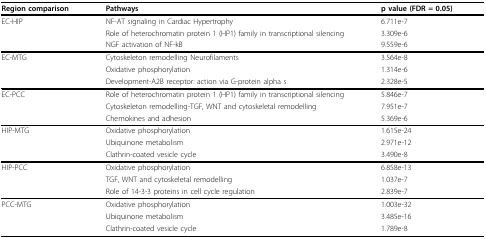
<table><thead><tr><td><b>Region comparison</b></td><td><b>Pathways</b></td><td><b>p value (FDR = 0.05)</b></td></tr></thead><tbody><tr><td>EC-HIP</td><td>NF-AT signaling in Cardiac Hypertrophy</td><td>6.711e-7</td></tr><tr><td></td><td>Role of heterochromatin protein 1 (HP1) family in transcriptional silencing</td><td>3.309e-6</td></tr><tr><td></td><td>NGF activation of NF-kB</td><td>9.559e-6</td></tr><tr><td>EC-MTG</td><td>Cytoskeleton remodelling Neurofilaments</td><td>3.564e-8</td></tr><tr><td></td><td>Oxidative phosphorylation</td><td>1.314e-6</td></tr><tr><td></td><td>Development-A2B receptor: action via G-protein alpha s</td><td>2.328e-5</td></tr><tr><td>EC-PCC</td><td>Role of heterochromatin protein 1 (HP1) family in transcriptional silencing</td><td>5.846e-7</td></tr><tr><td></td><td>Cytoskeleton remodelling-TGF, WNT and cytoskeletal remodelling</td><td>7.951e-7</td></tr><tr><td></td><td>Chemokines and adhesion</td><td>5.369e-6</td></tr><tr><td>HIP-MTG</td><td>Oxidative phosphorylation</td><td>1.615e-24</td></tr><tr><td></td><td>Ubiquinone metabolism</td><td>2.971e-12</td></tr><tr><td></td><td>Clathrin-coated vesicle cycle</td><td>3.490e-8</td></tr><tr><td>HIP-PCC</td><td>Oxidative phosphorylation</td><td>6.858e-13</td></tr><tr><td></td><td>TGF, WNT and cytoskeletal remodelling</td><td>1.037e-7</td></tr><tr><td></td><td>Role of 14-3-3 proteins in cell cycle regulation</td><td>2.839e-7</td></tr><tr><td>PCC-MTG</td><td>Oxidative phosphorylation</td><td>1.003e-32</td></tr><tr><td></td><td>Ubiquinone metabolism</td><td>3.485e-16</td></tr><tr><td></td><td>Clathrin-coated vesicle cycle</td><td>1.789e-8</td></tr></tbody></table>